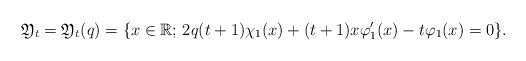
LaTeX: \begin{align*}\mathfrak{Y}_{t}=\mathfrak{Y}_{t}(q)=\{x\in\mathbb{R};\,2q(t+1)\chi_{1}(x)+(t+1)x\varphi_{1}'(x)-t\varphi_{1}(x)=0\}.\end{align*}